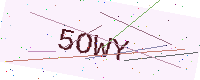
Text: 5OWY